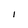
Character: I